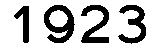
1923